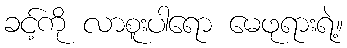
ခင့်ကို လာစူးပါရော မေဖုရားရဲ့။